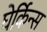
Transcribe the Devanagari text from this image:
घेर्किन्स